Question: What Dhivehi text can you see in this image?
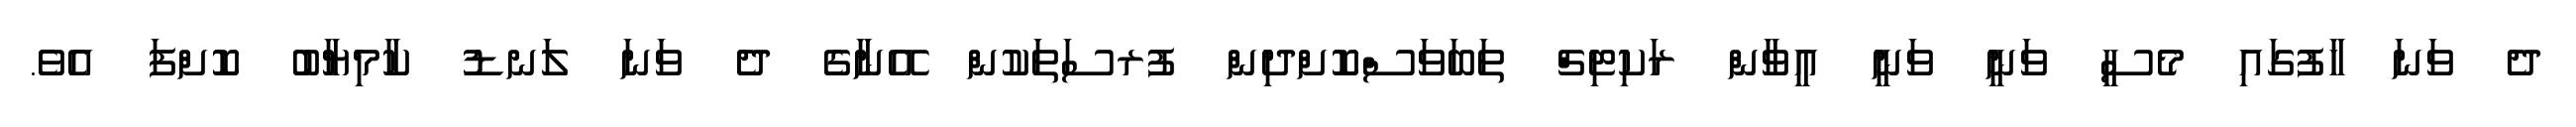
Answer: ދެ ވަނަ ހާފުގައި މެސީ ވަނީ ވަނީ އީވާން ރަކިޓިޗް ތަބަވަސްކޮށްދިން ފުރސަތަކުން އޭނާގެ ދެ ވަނަ ލަނޑު ކާމިޔާބު ކޮށްފަ އެވެ.